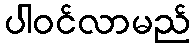
ပါဝင်လာမည်